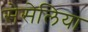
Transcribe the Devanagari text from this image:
सेसेलिया